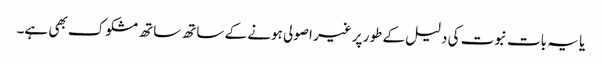
یا یہ بات نبوت کی دلیل کے طور پر غیر اصولی ہونے کے ساتھ ساتھ مشکوک بھی ہے۔